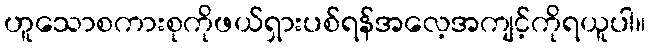
ဟူသောစကားစုကိုဖယ်ရှားပစ်ရန်အလေ့အကျင့်ကိုရယူပါ။